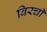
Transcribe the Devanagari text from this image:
बिरची